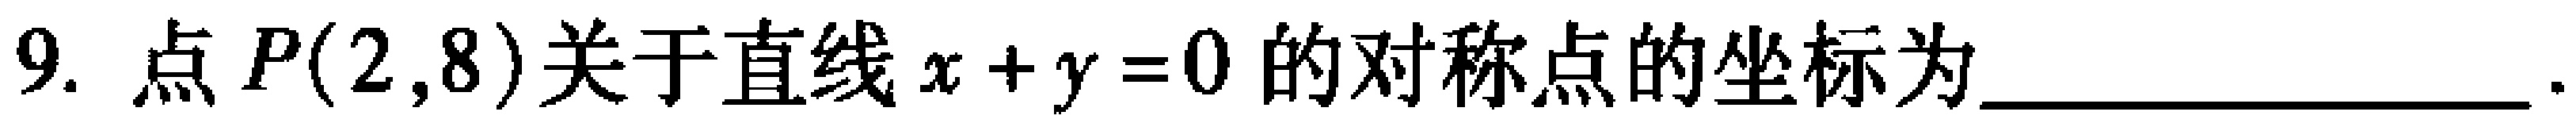
9. 点 \(P(2,8)\)关于直线 \(x + y = 0\) 的对称点的坐标为________________.